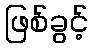
ဖြစ်ခွင့်